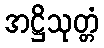
အဋ္ဌိသုတ္တံ